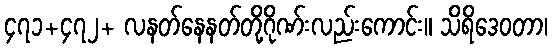
၄၇၁+၄၇၂+ လနတ်နေနတ်တို့ဂိုဏ်းလည်းကောင်း။ သိရိဒေဝတာ၊